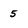
Character: 5